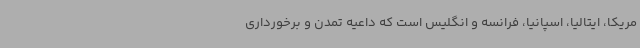
مریکا، ایتالیا، اسپانیا، فرانسه و انگلیس است که داعیه تمدن و برخورداری